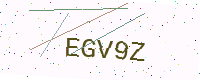
Text: EGV9Z